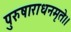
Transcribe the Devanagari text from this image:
पुरुषाराधनमृते।।